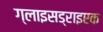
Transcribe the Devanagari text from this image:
ग्लाइसड्राइएक